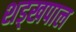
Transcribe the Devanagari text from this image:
शड्खपाल